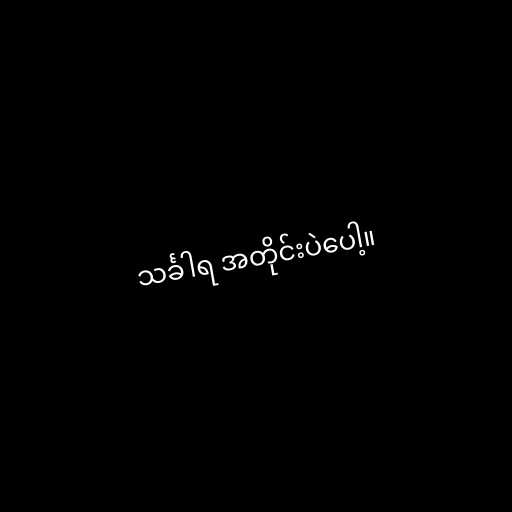
သင်္ခါရ အတိုင်းပဲပေါ့။